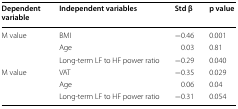
| Dependent variable | Independent variables | Std β | p value |
 | --- | --- | --- | --- |
 | <ROWSPAN=3> M value | BMI | −0.46 | 0.001 |
 | Age | 0.03 | 0.81 |
 | Long-term LF to HF power ratio | −0.29 | 0.040 |
 | <ROWSPAN=3> M value | VAT | −0.35 | 0.029 |
 | Age | 0.06 | 0.04 |
 | Long-term LF to HF power ratio | −0.31 | 0.054 |